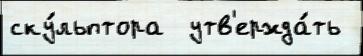
ску́льптора  утв'ержда́ть